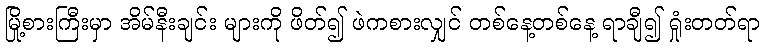
မြို့စားကြီးမှာ အိမ်နီးချင်း များကို ဖိတ်၍ ဖဲကစားလျှင် တစ်နေ့တစ်နေ့ ရာချီ၍ ရှုံးတတ်ရာ